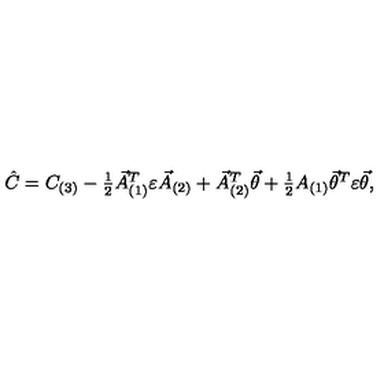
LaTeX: \hat { C } = C _ { ( 3 ) } - \textstyle { \frac { 1 } { 2 } } \vec { A } _ { ( 1 ) } ^ { T } \varepsilon \vec { A } _ { ( 2 ) } + \vec { A } _ { ( 2 ) } ^ { T } \vec { \theta } + \textstyle { \frac { 1 } { 2 } } A _ { ( 1 ) } \vec { \theta } ^ { T } \varepsilon \vec { \theta } ,